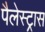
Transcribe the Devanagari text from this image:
पैलेस्ट्रास